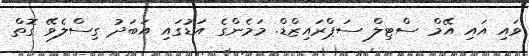
ވައި އައި އޭމް ސްޓިލް ސަޕްރައިޒްޑް. މަމެންގެ އަޑުގައި އަބަދު ގިސްލެވޭ ގޮތް